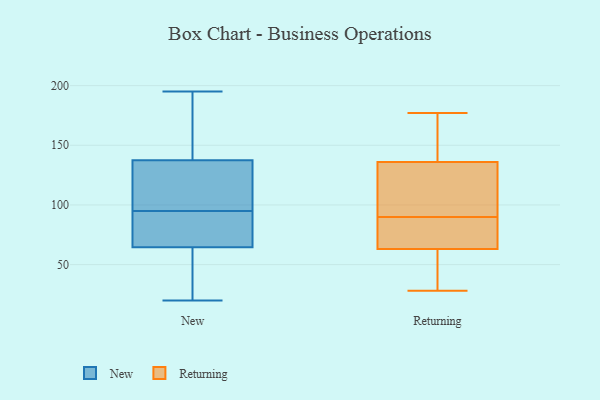
{"axis": {"x": "Energy Usage (MWh)", "y": "Value"}, "legend": ["New", "Returning"], "data": [{"x": "", "y": 187, "type": "New"}, {"x": "", "y": 62, "type": "New"}, {"x": "", "y": 170, "type": "New"}, {"x": "", "y": 127, "type": "New"}, {"x": "", "y": 127, "type": "New"}, {"x": "", "y": 97, "type": "New"}, {"x": "", "y": 20, "type": "New"}, {"x": "", "y": 20, "type": "New"}, {"x": "", "y": 95, "type": "New"}, {"x": "", "y": 72, "type": "New"}, {"x": "", "y": 141, "type": "New"}, {"x": "", "y": 81, "type": "New"}, {"x": "", "y": 37, "type": "New"}, {"x": "", "y": 82, "type": "New"}, {"x": "", "y": 37, "type": "New"}, {"x": "", "y": 78, "type": "New"}, {"x": "", "y": 113, "type": "New"}, {"x": "", "y": 195, "type": "New"}, {"x": "", "y": 161, "type": "New"}, {"x": "", "y": 82, "type": "Returning"}, {"x": "", "y": 85, "type": "Returning"}, {"x": "", "y": 70, "type": "Returning"}, {"x": "", "y": 55, "type": "Returning"}, {"x": "", "y": 63, "type": "Returning"}, {"x": "", "y": 119, "type": "Returning"}, {"x": "", "y": 169, "type": "Returning"}, {"x": "", "y": 136, "type": "Returning"}, {"x": "", "y": 177, "type": "Returning"}, {"x": "", "y": 177, "type": "Returning"}, {"x": "", "y": 28, "type": "Returning"}, {"x": "", "y": 95, "type": "Returning"}, {"x": "", "y": 127, "type": "Returning"}, {"x": "", "y": 36, "type": "Returning"}]}